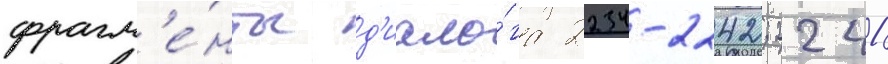
фрагм'е́нты д'иало́га 2234-2242; 2241-3